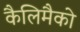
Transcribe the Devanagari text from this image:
कैलिमैको